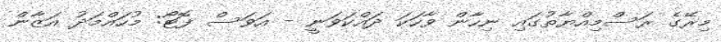
މިރޭގެ ރަސްމިއްޔާތުގައި ނިހާން ވާހަކަ ދައްކަވަނީ - އަވަސް ފޮޓޯ: މުހައްމަދު އަޒާން